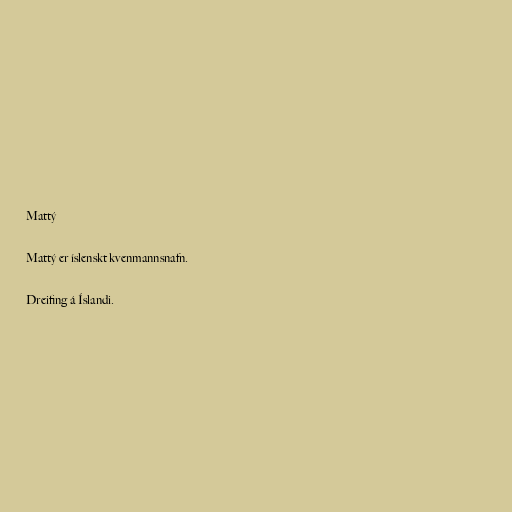
Mattý

Mattý er íslenskt kvenmannsnafn.

Dreifing á Íslandi.